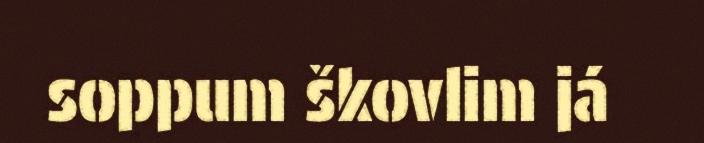
soppum škovlim já